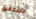
بالتحقيق